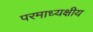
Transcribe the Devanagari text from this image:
परमाध्यक्षीय